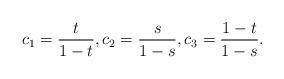
LaTeX: \begin{align*}c_1=\frac{t}{1-t}, c_2=\frac{s}{1-s}, c_3=\frac{1-t}{1-s}.\end{align*}